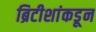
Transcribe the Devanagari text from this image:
ब्रिटीशांकडून